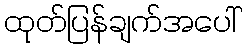
ထုတ်ပြန်ချက်အပေါ်